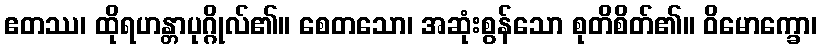
ဧတဿ၊ ထိုရဟန္တာပုဂ္ဂိုလ်၏။ စေတသော၊ အဆုံးစွန်သော စုတိစိတ်၏။ ဝိမောက္ခော၊